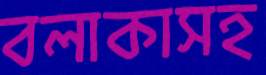
বলাকাসহ